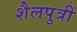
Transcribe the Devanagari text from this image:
शैलपुत्रीं